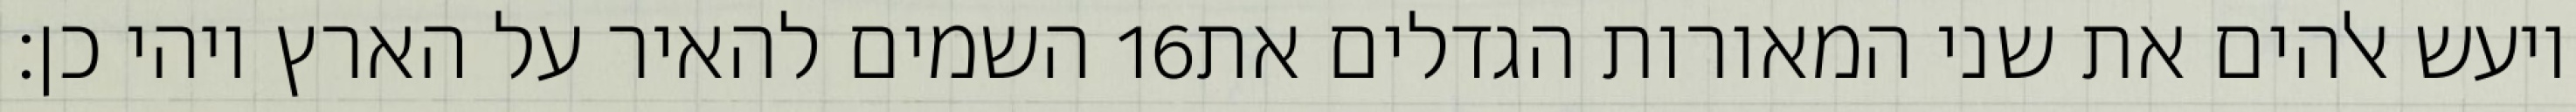
השמים להאיר על הארץ ויהי כן׃ ‎16‏ ויעש אלהים את שני המאורות הגדלים את